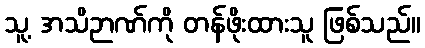
သူ့ အသိဉာဏ်ကို တန်ဖိုးထားသူ ဖြစ်သည်။